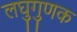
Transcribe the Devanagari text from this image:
लघुगुणक